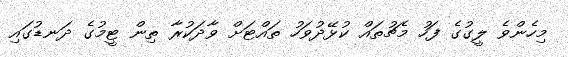
މިހެންވެ ލީގުގެ ފަހު މެޗުތައް ކުޅޭދުވަހު ތައްޓަށް ވާދަކުރާ ތިން ޓީމުގެ ދަނޑުގައި